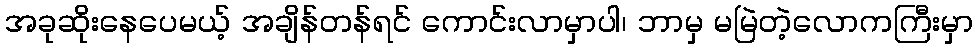
အခုဆိုးနေပေမယ့် အချိန်တန်ရင် ကောင်းလာမှာပါ၊ ဘာမှ မမြဲတဲ့လောကကြီးမှာ